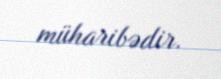
müharibədir.